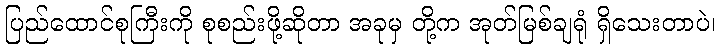
ပြည်ထောင်စုကြီးကို စုစည်းဖို့ဆိုတာ အခုမှ တို့က အုတ်မြစ်ချရုံ ရှိသေးတာပဲ၊